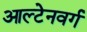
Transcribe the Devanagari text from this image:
आल्टेनवर्ग